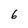
Character: 6